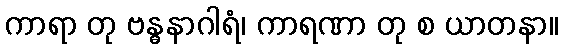
ကာရာ တု ဗန္ဓနာဂါရံ၊ ကာရဏာ တု စ ယာတနာ။